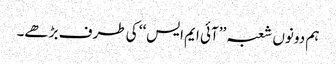
ہم دونوں شعبہ ’’آئی ایم ایس‘‘ کی طرف بڑھے۔